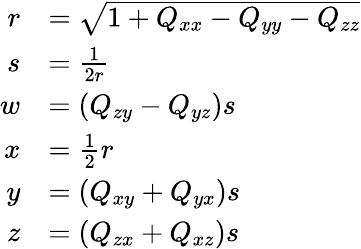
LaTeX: {\begin{array}{rl}{r}&{={\sqrt{1+Q_{xx}-Q_{yy}-Q_{zz}}}}\\ {s}&{={\frac{1}{2r}}}\\ {w}&{=\left(Q_{zy}-Q_{yz}\right)s}\\ {x}&{={\frac{1}{2}}r}\\ {y}&{=\left(Q_{xy}+Q_{yx}\right)s}\\ {z}&{=\left(Q_{zx}+Q_{xz}\right)s}\end{array}}